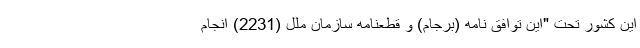
این کشور تحت "این توافق نامه (برجام) و قطعنامه سازمان ملل (2231) انجام